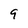
Character: 9